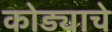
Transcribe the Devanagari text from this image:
कोड्याचे